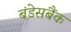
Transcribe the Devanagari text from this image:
बंडेसबैंक